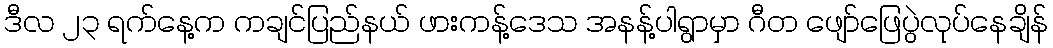
ဒီလ ၂၃ ရက်နေ့က ကချင်ပြည်နယ် ဖားကန့်ဒေသ အနန့်ပါရွာမှာ ဂီတ ဖျော်ဖြေပွဲလုပ်နေချိန်